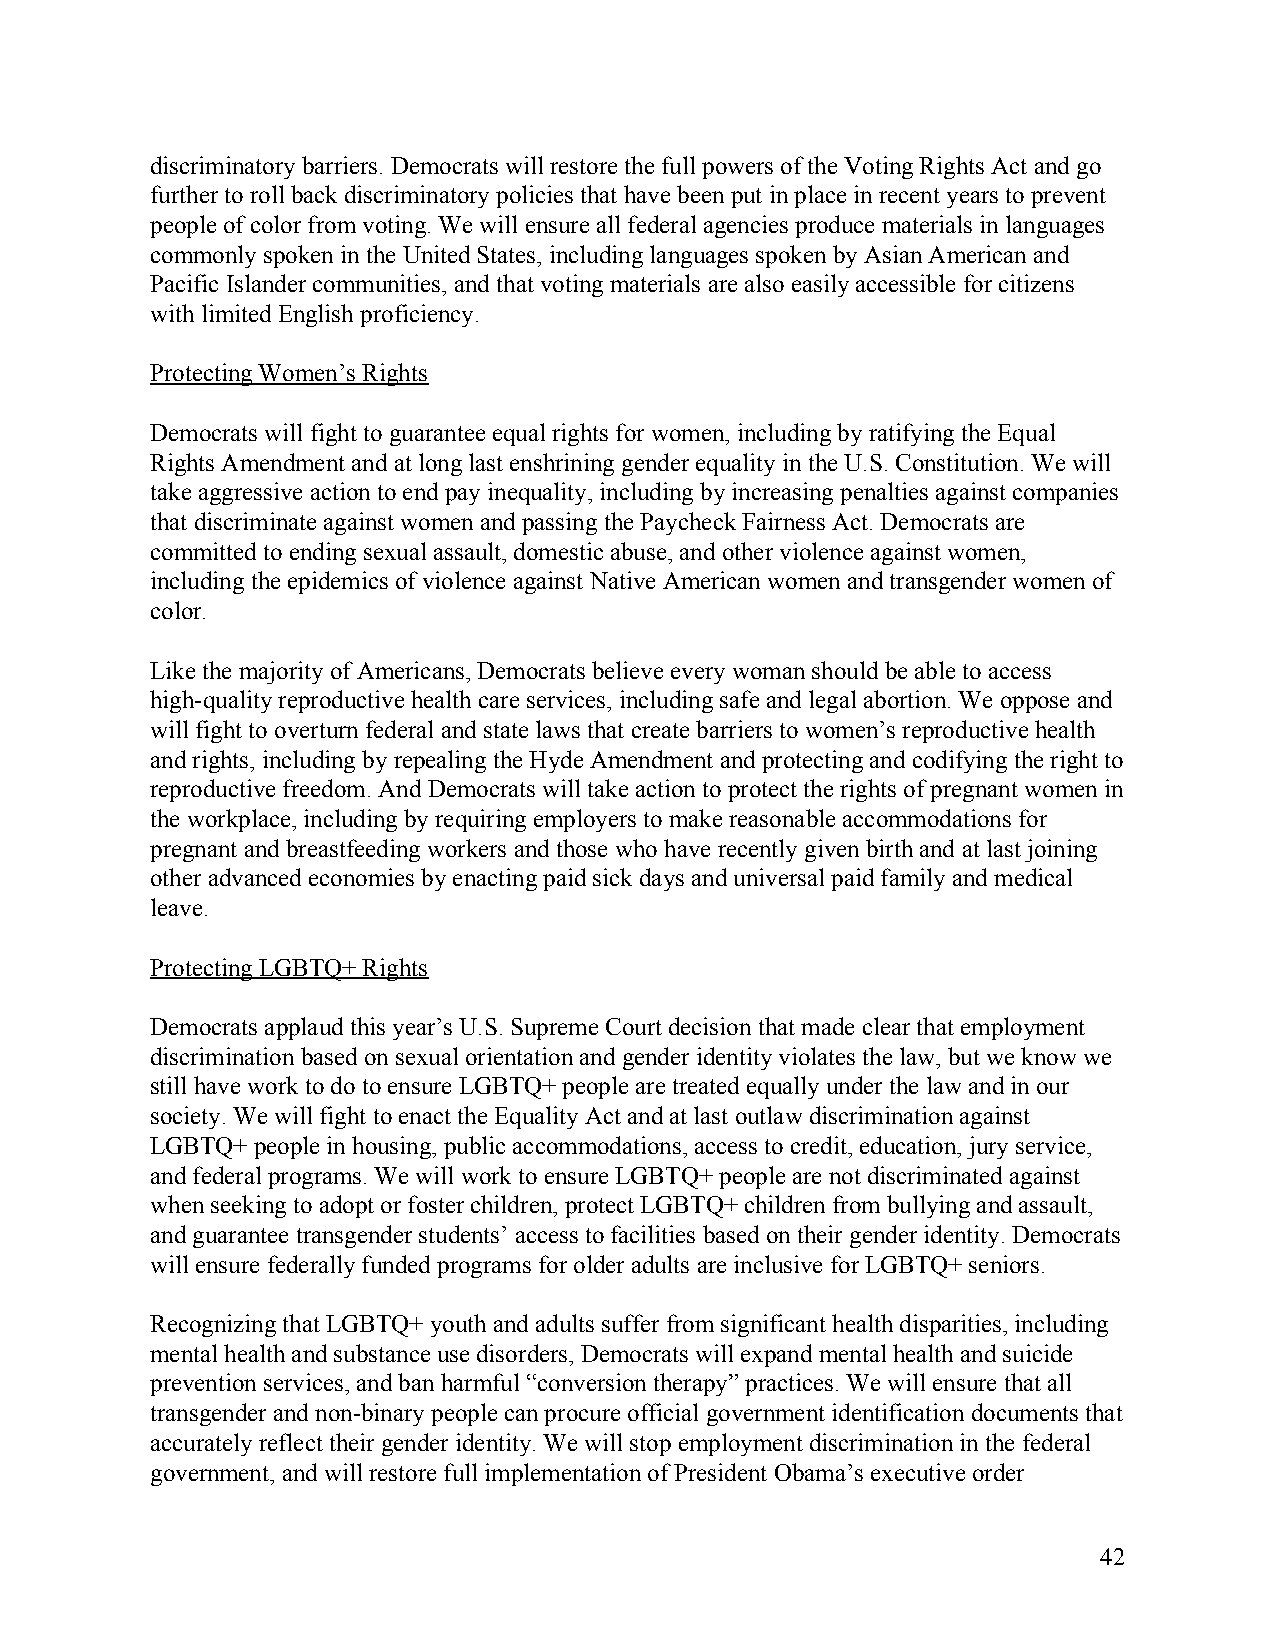
discriminatory barriers. Democrats will restore the full powers of the Voting Rights Act and go
 further to roll back discriminatory policies that have been put in place in recent years to prevent
 people of color from voting. We will ensure all federal agencies produce materials in languages
 commonly spoken in the United States, including languages spoken by Asian American and
 Pacific Islander communities, and that voting materials are also easily accessible for citizens
 with limited English proficiency.
 Protecting Women’s Rights
 Democrats will fight to guarantee equal rights for women, including by ratifying the Equal
 Rights Amendment and at long last enshrining gender equality in the U.S. Constitution. We will
 take aggressive action to end pay inequality, including by increasing penalties against companies
 that discriminate against women and passing the Paycheck Fairness Act. Democrats are
 committed to ending sexual assault, domestic abuse, and other violence against women,
 including the epidemics of violence against Native American women and transgender women of
 color.
 Like the majority of Americans, Democrats believe every woman should be able to access
 high-quality reproductive health care services, including safe and legal abortion. We oppose and
 will fight to overturn federal and state laws that create barriers to women’s reproductive health
 and rights, including by repealing the Hyde Amendment and protecting and codifying the right to
 reproductive freedom. And Democrats will take action to protect the rights of pregnant women in
 the workplace, including by requiring employers to make reasonable accommodations for
 pregnant and breastfeeding workers and those who have recently given birth and at last joining
 other advanced economies by enacting paid sick days and universal paid family and medical
 leave.
 Protecting LGBTQ+ Rights
 Democrats applaud this year’s U.S. Supreme Court decision that made clear that employment
 discrimination based on sexual orientation and gender identity violates the law, but we know we
 still have work to do to ensure LGBTQ+ people are treated equally under the law and in our
 society. We will fight to enact the Equality Act and at last outlaw discrimination against
 LGBTQ+ people in housing, public accommodations, access to credit, education, jury service,
 and federal programs. We will work to ensure LGBTQ+ people are not discriminated against
 when seeking to adopt or foster children, protect LGBTQ+ children from bullying and assault,
 and guarantee transgender students’ access to facilities based on their gender identity. Democrats
 will ensure federally funded programs for older adults are inclusive for LGBTQ+ seniors.
 Recognizing that LGBTQ+ youth and adults suffer from significant health disparities, including
 mental health and substance use disorders, Democrats will expand mental health and suicide
 prevention services, and ban harmful “conversion therapy” practices. We will ensure that all
 transgender and non-binary people can procure official government identification documents that
 accurately reflect their gender identity. We will stop employment discrimination in the federal
 government, and will restore full implementation of President Obama’s executive order
 42